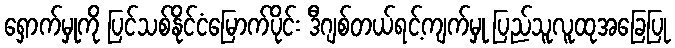
ရှောက်မှုကို ပြင်သစ်နိုင်ငံမြောက်ပိုင်း ဒီဂျစ်တယ်ရင့်ကျက်မှု ပြည်သူလူထုအခြေပြု